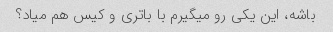
باشه، این یکی رو میگیرم با باتری و کیس هم میاد؟